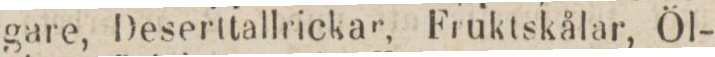
gare, Deserttallrickar, Fruktskålar, Öl-